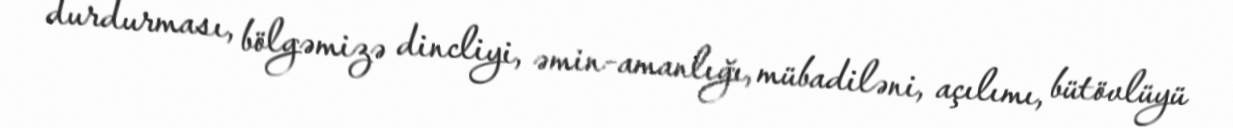
durdurması, bölgəmizə dincliyi, əmin-amanlığı, mübadiləni, açılımı, bütövlüyü